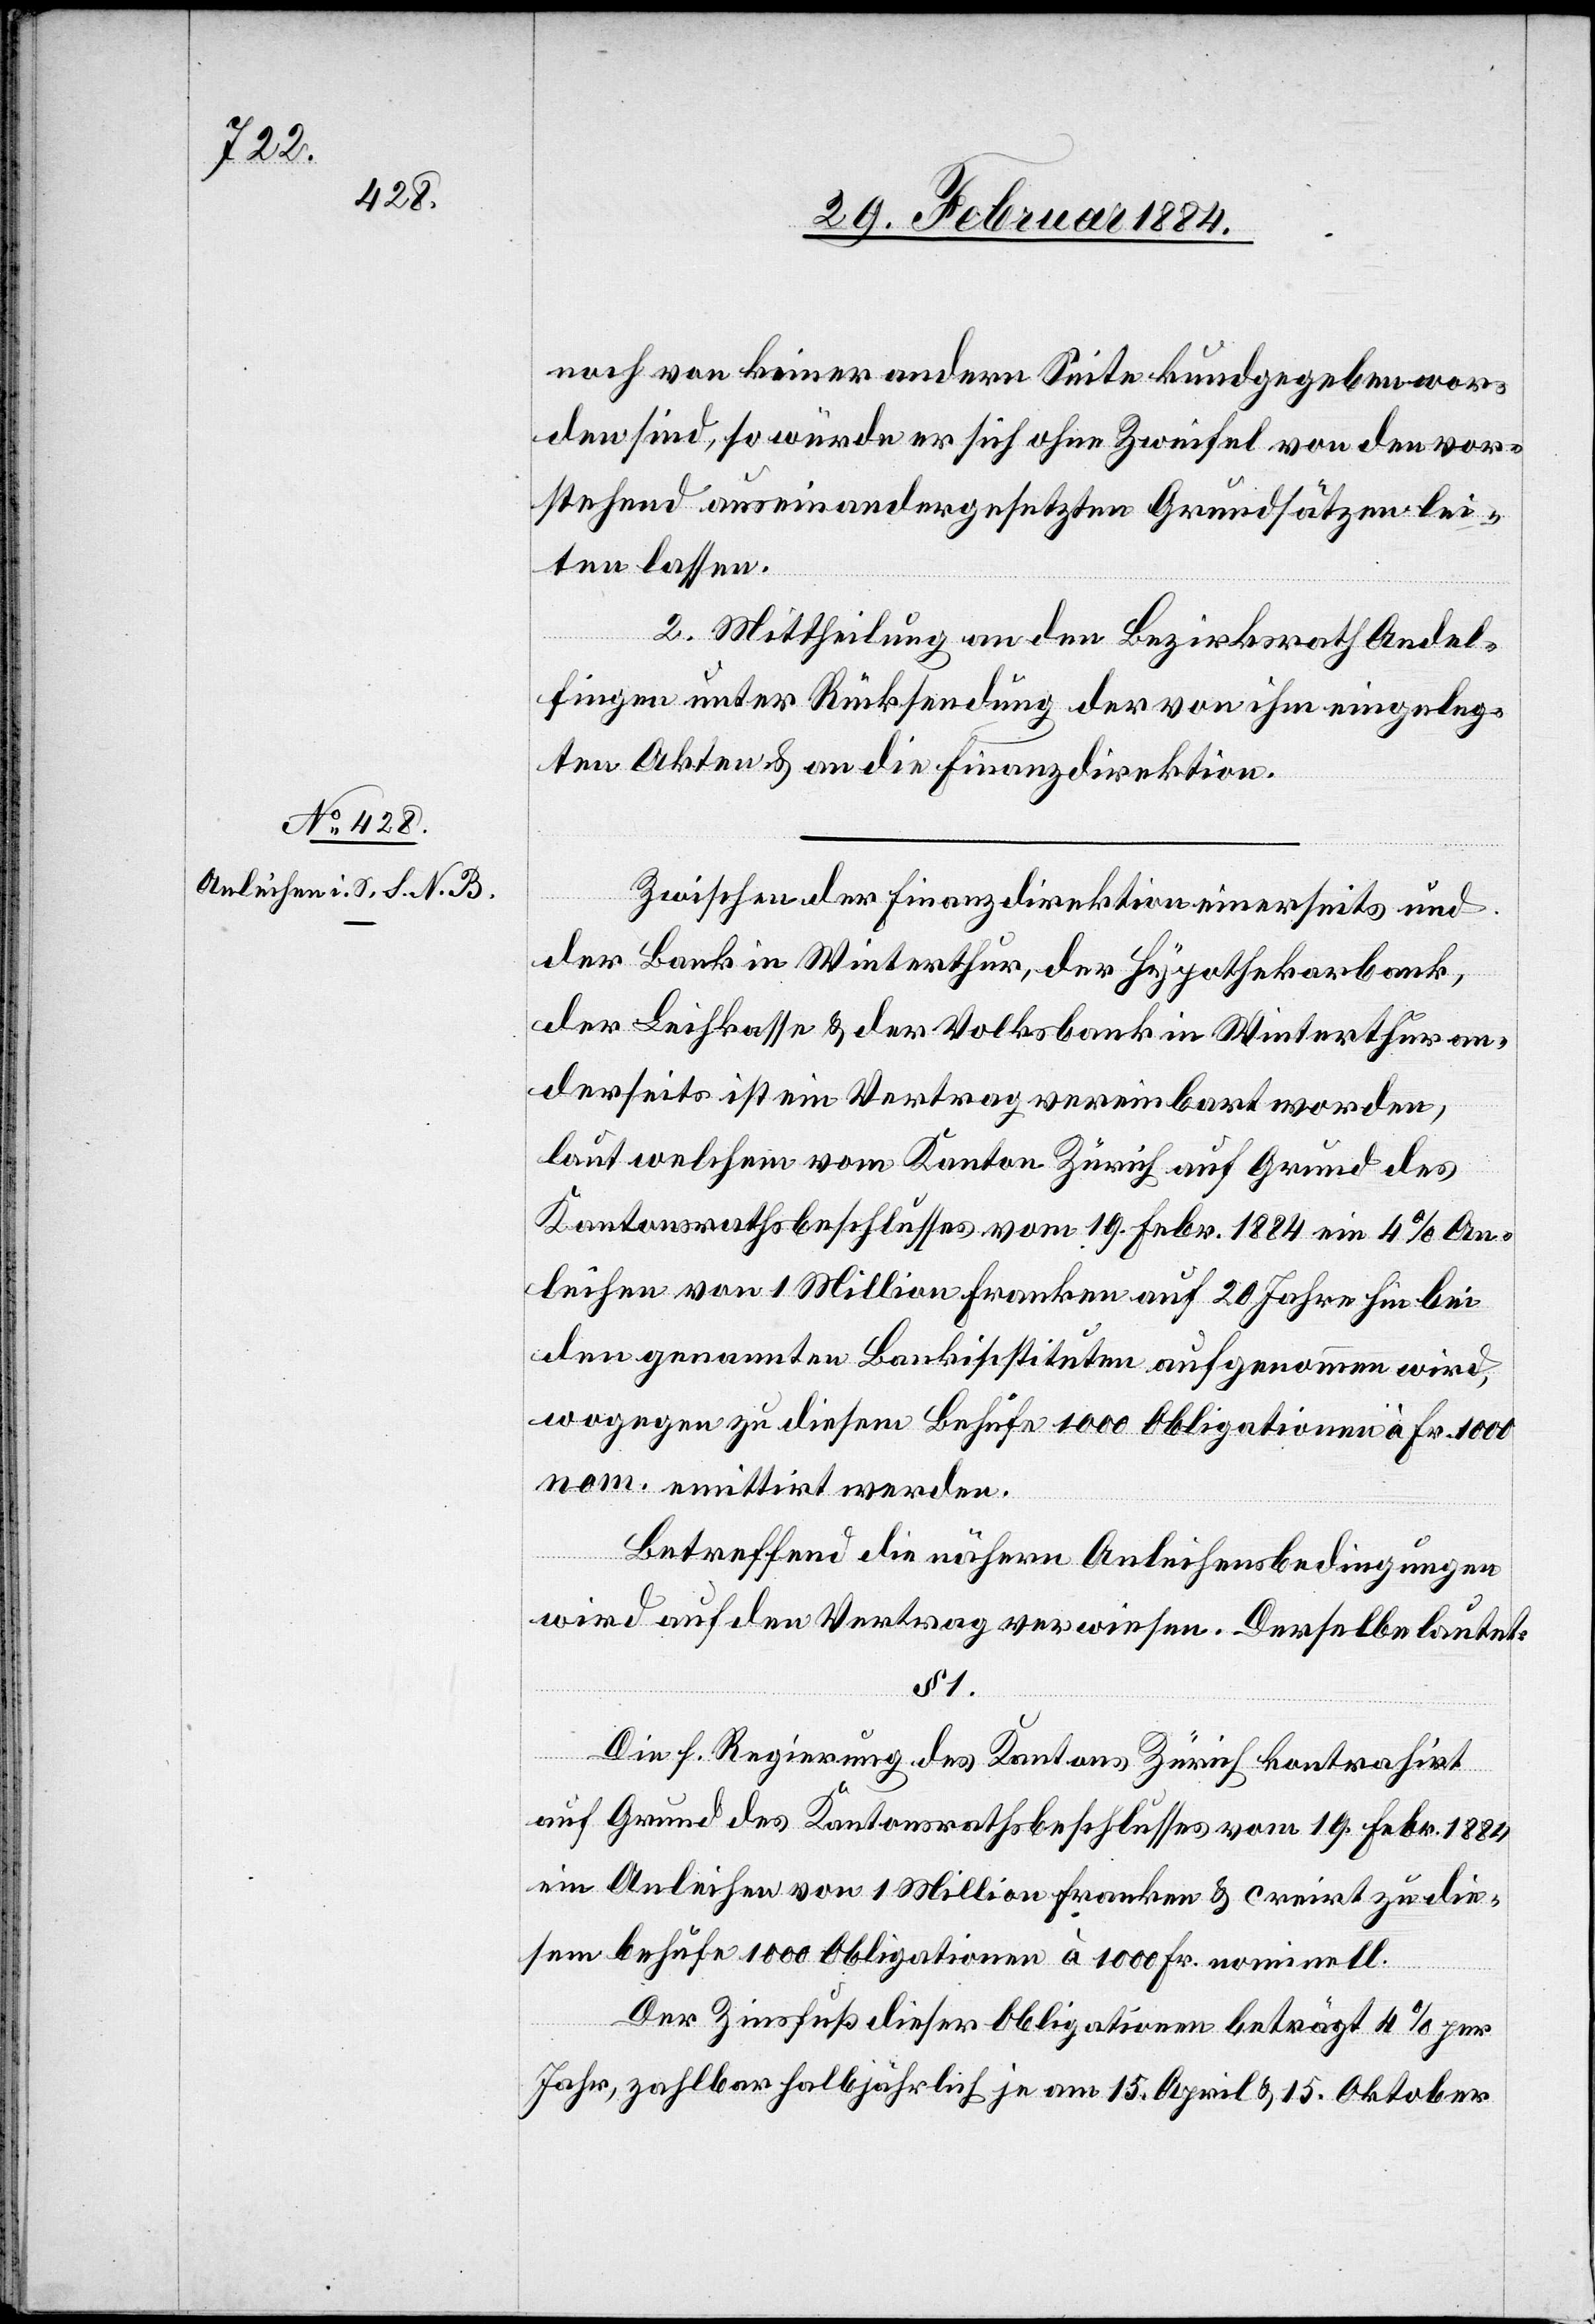
noch von keiner andern Seite kundgegeben wor¬
den sind, so würde er sich ohne Zweifel von den vor¬
stehend auseinandergesetzten Grundsätzen lei¬
ten lassen.
2. Mittheilung an den Bezirksrath Andel¬
fingen unter Rücksendung der von ihm eingeleg¬
ten Akten & an die Finanzdirektion.
Zwischen der Finanzdirektion einerseits und
der Bank in Winterthur, der Hypothekarbank,
der Leihkasse & der Volksbank in Winterthur an¬
derseits ist ein Vertrag vereinbart worden,
laut welchem vom Kanton Zürich auf Grund des
Kantonsrathsbeschlusses vom 19. Febr. 1884 ein 4% An¬
leihen von 1 Million Franken auf 20 Jahre hin bei
den genannten Bankinstituten aufgenommen wird,
wogegen zu diesem Behufe 1000 Obligationen à Fr. 1000
nom. emittirt werden.
Betreffend die näheren Anleihensbedingungen
wird auf den Vertrag verwiesen. Derselbe lautet:
§ 1.
Die h. Regierung des Kantons Zürich kontrahirt
auf Grund des Kantonsrathsbeschlusses vom 19. Febr. 1883
ein Anleihen von 1 Million Franken & creirt zu die¬
sem behufe 1000 Obligationen à 1000 Fr. nominell.
Der Zinsfuß dieser Obligationen beträgt 4% per
Jahr, zahlbar halbjährlich je am 15. April & 15. Oktober